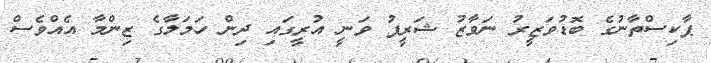
ޕާކިސްތާނުގެ ބޮޑުވަޒީރު ނަވާޒު ޝަރީފު ވަނީ އުރީގައި ދިން ހަމަލާގެ ޒިންމާ އެއްވެސް